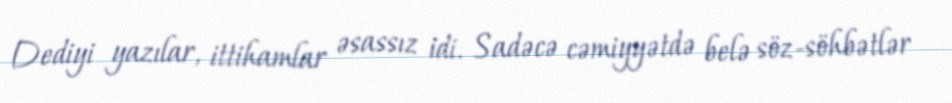
Dediyi yazılar, ittihamlar əsassız idi. Sadəcə cəmiyyətdə belə söz-söhbətlər